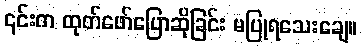
၎င်းက ထုတ်ဖော်ပြောဆိုခြင်း မပြုရသေးချေ။